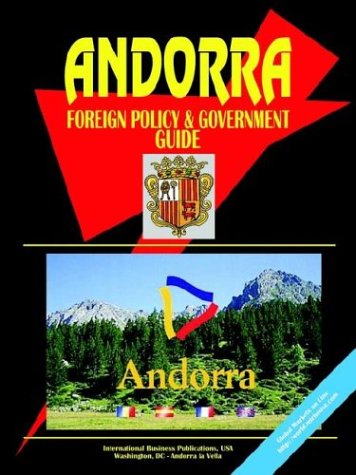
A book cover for Andorra Foreign Policy and Government Guide; Ibp Usa; Travel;